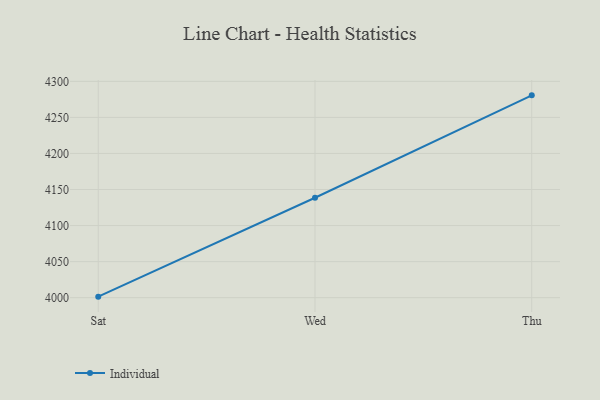
{"axis": {"x": "Day", "y": "Gross Profit (USD K)"}, "legend": ["Individual"], "data": [{"x": "Sat", "y": 4001.4, "type": "Individual"}, {"x": "Wed", "y": 4138.6, "type": "Individual"}, {"x": "Thu", "y": 4280.6, "type": "Individual"}]}